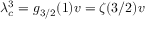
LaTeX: \lambda _ { c } ^ { 3 } = g _ { 3 / 2 } ( 1 ) v = \zeta ( 3 / 2 ) v